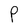
Character: P